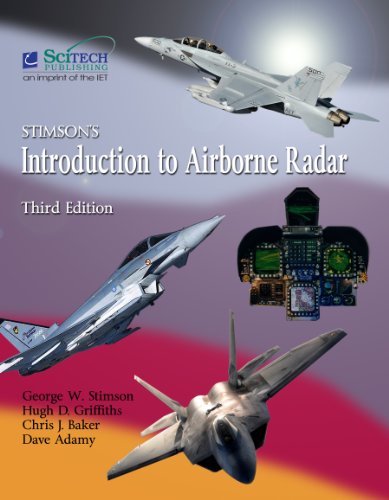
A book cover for Stimson's Introduction to Airborne Radar (Electromagnetics and Radar); Engineering & Transportation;